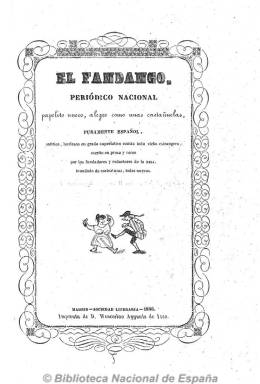
Título: El Fandango (Madrid)
Colección: Revistas satíricas y humorísticas
Ámbito geográfico: Madrid
Lugar de publicación: Madrid
Fechas: 15/12/1844-15/11/1846

Periódico burlesco, satírico y caricaturesco, calificado como despreocupado, procaz, desvergonzado e insolente por Gómez Aparicio, a la vez que “un tesoro de ingenio” escrito con buen estilo, es el más famoso de cuantos fundaron, dirigieron y redactaron los escritores y políticos Wenceslao Ayguals de Izco (1801-1875) y su amigo Juan Martínez Villergas (1816-1894). El primero, curioso e infatigable autor de folletines, como impresor, editor y propietario de la Sociedad Literaria de Madrid, y el segundo como el más terrible y apasionado periodista en sus sátiras contras sus adversarios, tanto políticos como escritores, a juicio de Antonio Asenjo.

Ya bajo el título de su primer tomo se expone que es un “periódico nacional, papelito nuevo, alegre como unas castañuelas, puramente español… contra todo vicho extranjero, escrito en prosa y verso” por los fundadores y redactores de La risa (1844), “inundado de caricaturas, todas nuevas”. Y no defraudó tampoco en ello, pues dejó constancia de su xenofobia y clerofobia, denigrando todo aquello que no fuese español y contra los frailes exclaustrados por las desamortizaciones, además de contabilizarse en sus páginas más de trescientos grabados de caricaturas en madera.

Comenzó a publicarse el 15 de diciembre de 1844 y despareció el 15 de noviembre de 1846, habiendo sacado hasta un total de 24 números, de 16 páginas cada uno, al principio con una frecuencia quincenal y después mensual.

Tanto sus caricaturas como textos desvelaron las relaciones sociales y culturales al comienzo del reinado isabelino, a través de folletines satíricos y costumbristas, fábulas, epigramas, sonetos y otras composiciones en verso.

Además de Ayguals de Izco y Martínez Villegas (que adoptaría el seudónimo El Tío Camorra, título de uno de los casi veinte periódicos satíricos que dirigió), colaboran en este periódico de estilo inconfundible, entre otros, José Bernat Baldovi, Antonio Ribot y Fontseré, José Bonillo, José Segundo Flórez, Alfonso García Tegero, Julián Prego y Joaquín Molina y Cros.

Algunas imágenes cedidas por TECNODOC.